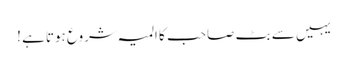
یہیں سے بٹ صاحب کا المیہ شروع ہوتاہے !